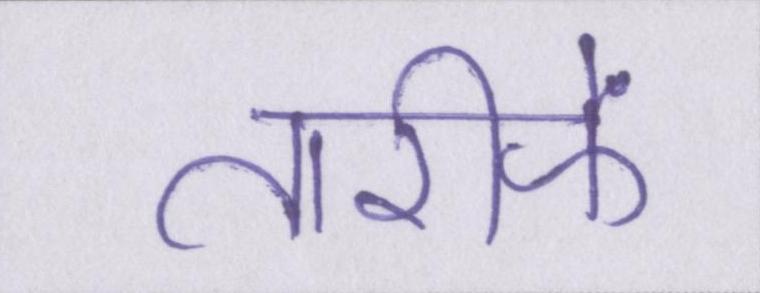
तारीफें